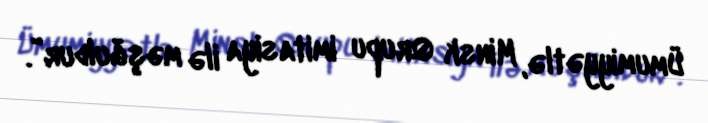
Ümumiyyətlə, Minsk Qrupu imitasiya ilə məşğuldur”.